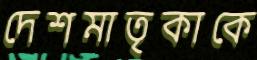
দেশমাতৃকাকে